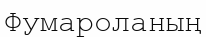
Фумароланың